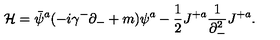
{ \cal H } = \bar { \psi } ^ { a } ( - i \gamma ^ { - } \partial _ { - } + m ) \psi ^ { a } - { \frac { 1 } { 2 } } J ^ { + a } { \frac { 1 } { \partial _ { - } ^ { 2 } } } J ^ { + a } .